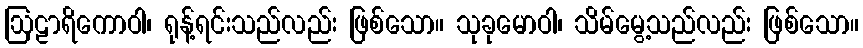
ဩဠာရိကောဝါ၊ ရုန့်ရင်းသည်လည်း ဖြစ်သော။ သုခုမောဝါ၊ သိမ်မွေ့သည်လည်း ဖြစ်သော။